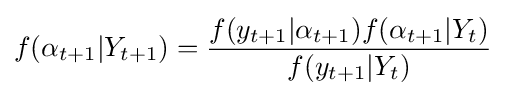
f(\alpha _{t+1}|Y_{t+1})={\frac {f(y_{t+1}|\alpha _{t+1})f(\alpha _{t+1}|Y_{t})}{f(y_{t+1}|Y_{t})}}